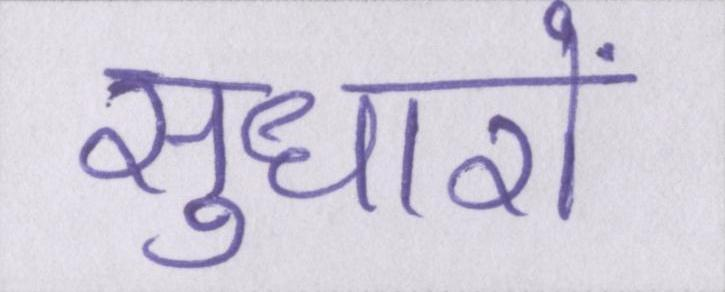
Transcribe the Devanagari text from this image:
सुधारों